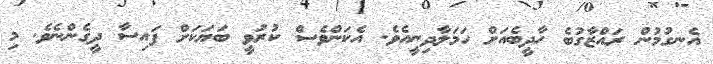
އެނގުމުން ރައްޒާގުބެ ހާދީބެއަށް ހަމަލާދިނީއެވެ. އެކަންވެސް ކުރުވީ ބަޔަކަށް ފައިސާ ދީގެންނެވެ. މި